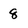
Character: 8